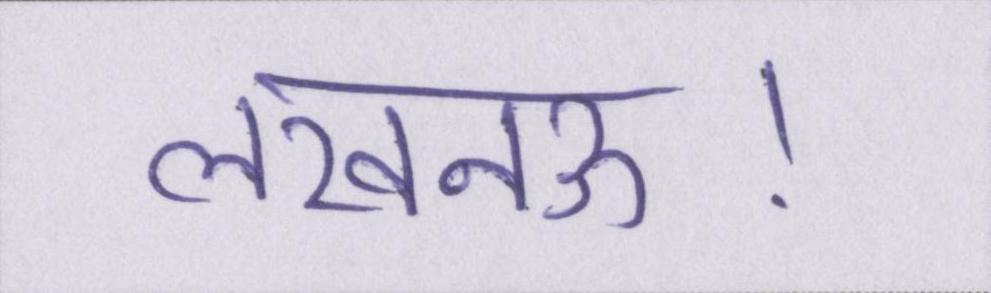
लखनऊ।